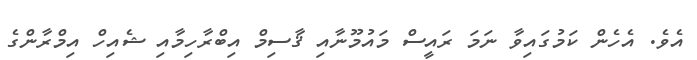
އެވެ. އެހެން ކަމުގައިވާ ނަމަ ރައީސް މައުމޫނާއި ޤާސިމް އިބްރާހިމާއި ޝެއިހް އިމްރާންގެ